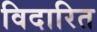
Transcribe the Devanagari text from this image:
विदारित